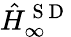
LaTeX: \hat{H}_{\infty}^{\mathrm{~S~D~}}